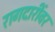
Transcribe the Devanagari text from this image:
रागदारींवर